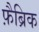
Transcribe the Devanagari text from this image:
फ़ैब्रिक